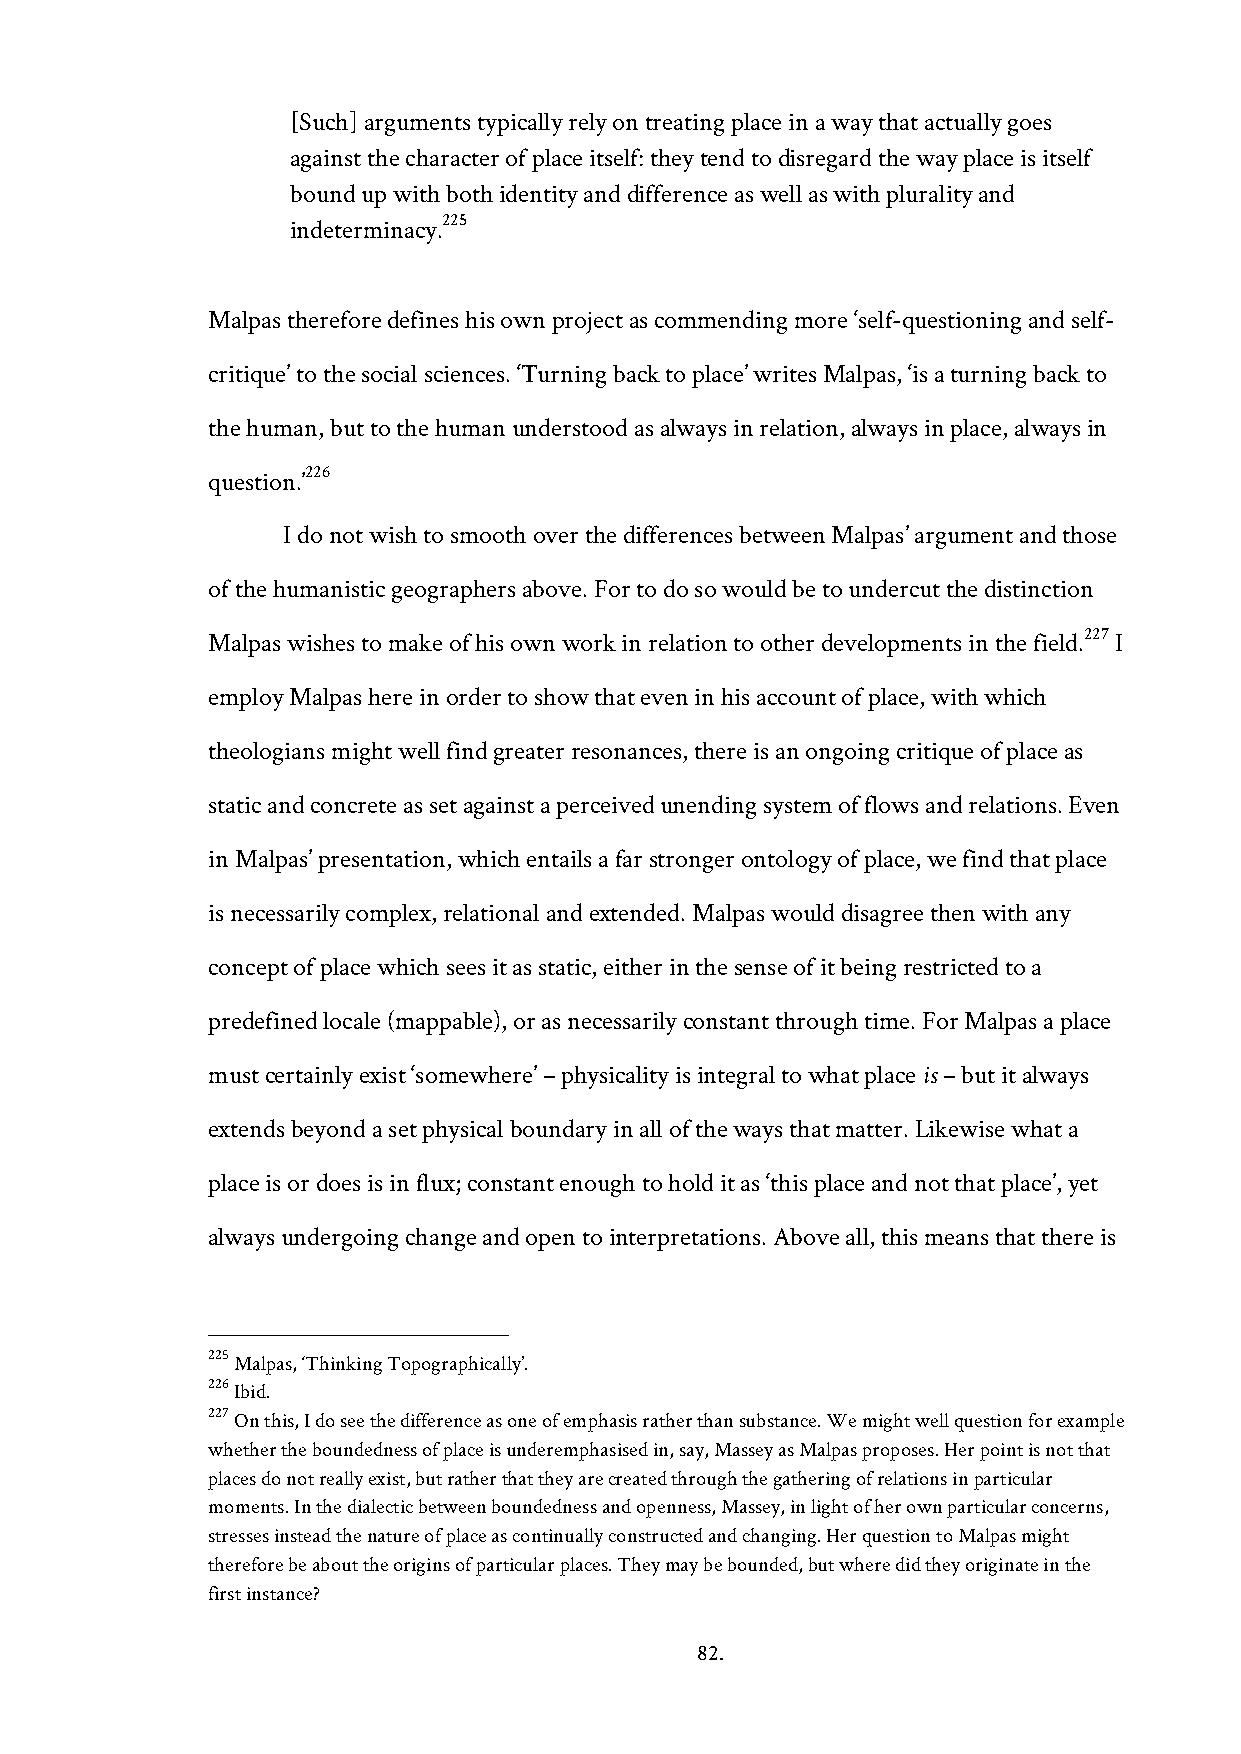
[Such] arguments typically rely on treating place in a way that actually goes
 against the character of place itself: they tend to disregard the way place is itself
 bound up with both identity and difference as well as with plurality and
 225
 indeterminacy.
 Malpas therefore defines his own project as commending more ‘self-questioning and self-
 critique’ to the social sciences. ‘Turning back to place’ writes Malpas, ‘is a turning back to
 the human, but to the human understood as always in relation, always in place, always in
 226
 question.’
 I do not wish to smooth over the differences between Malpas’ argument and those
 of the humanistic geographers above. For to do so would be to undercut the distinction
 227
 Malpas wishes to make of his own work in relation to other developments in the field. I
 employ Malpas here in order to show that even in his account of place, with which
 theologians might well find greater resonances, there is an ongoing critique of place as
 static and concrete as set against a perceived unending system of flows and relations. Even
 in Malpas’ presentation, which entails a far stronger ontology of place, we find that place
 is necessarily complex, relational and extended. Malpas would disagree then with any
 concept of place which sees it as static, either in the sense of it being restricted to a
 predefined locale (mappable), or as necessarily constant through time. For Malpas a place
 must certainly exist ‘somewhere’ – physicality is integral to what place is – but it always
 extends beyond a set physical boundary in all of the ways that matter. Likewise what a
 place is or does is in flux; constant enough to hold it as ‘this place and not that place’, yet
 always undergoing change and open to interpretations. Above all, this means that there is
 225 Malpas, ‘Thinking Topographically’.
 226 Ibid.
 227 On this, I do see the difference as one of emphasis rather than substance. We might well question for example
 whether the boundedness of place is underemphasised in, say, Massey as Malpas proposes. Her point is not that
 places do not really exist, but rather that they are created through the gathering of relations in particular
 moments. In the dialectic between boundedness and openness, Massey, in light of her own particular concerns,
 stresses instead the nature of place as continually constructed and changing. Her question to Malpas might
 therefore be about the origins of particular places. They may be bounded, but where did they originate in the
 first instance?
 82.